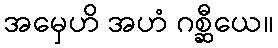
အမှေဟိ အဟံ ဂစ္ဆီယေ။